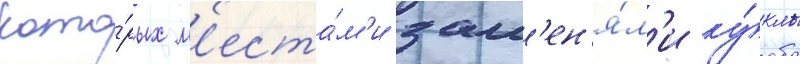
кото́рых м'еста́м'и зам'ен'я́л'и ку́клы